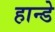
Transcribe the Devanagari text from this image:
हान्डे